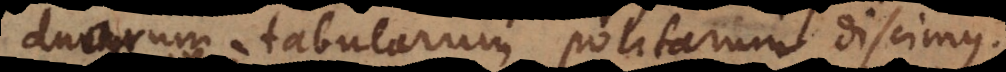
duarum tabularum politarum discimus.